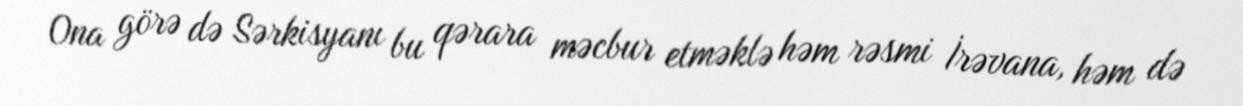
Ona görə də Sərkisyanı bu qərara məcbur etməklə həm rəsmi İrəvana, həm də